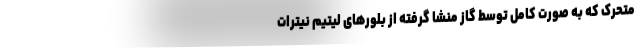
متحرک که به صورت کامل توسط گاز منشا گرفته از بلورهای لیتیم نیترات